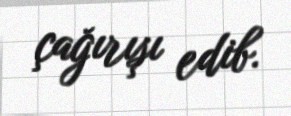
çağırışı edib.